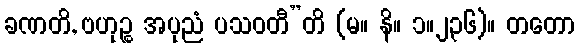
ခဏတိ, ဗဟုဉ္စ အပုညံ ပသဝတီ”တိ (မ။ နိ။ ၁။၂၃၆)။ တတော